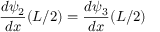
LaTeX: { \frac { d \psi _ { 2 } } { d x } } ( L / 2 ) = { \frac { d \psi _ { 3 } } { d x } } ( L / 2 ) \,